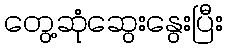
တွေ့ဆုံဆွေးနွေးပြီး